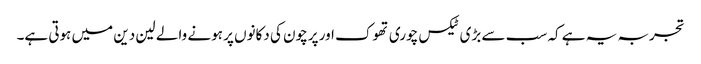
تجربہ یہ ہے کہ سب سے بڑی ٹیکس چوری تھوک اور پرچون کی دکانوں پر ہونے والے لین دین میں ہوتی ہے۔